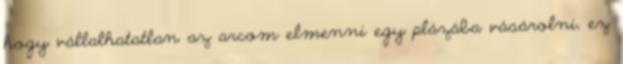
hogy vállalhatatlan az arcom elmenni egy plázába vásárolni, ez